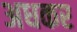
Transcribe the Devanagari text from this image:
अधकर